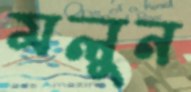
মলুন